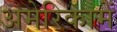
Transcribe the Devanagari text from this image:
अमेरिकामें